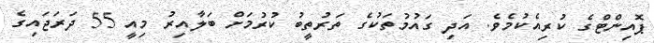
ޕޮއިންޓްގެ ކުރިއެކުމެވެ. އަދި ގައުމުތަކުގެ ތަރުތީބު ކުރުމަށް ބަލާއިރު މިއީ 55 ދަރަޖައިގެ